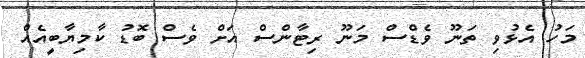
މަހު އެޅުވި ތަނޫ ވެޑްސް މަނޫ ރިޓާންސް އަށް ވެސް ބޮޑު ކާމިޔާބީއެއް